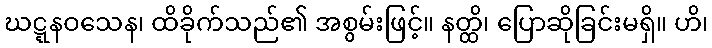
ဃဋ္ဋနဝသေန၊ ထိခိုက်သည်၏ အစွမ်းဖြင့်။ နတ္ထိ၊ ပြောဆိုခြင်းမရှိ။ ဟိ၊